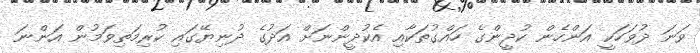
ވަނަ ދުވަހަކީ އަންހެން ކުދީންގެ ހައްގުތަކާއި އެކުދީންނަށް އަދުގެ ދުނިޔޭގައި ކުރިމަތިވަމުން އަންނަ